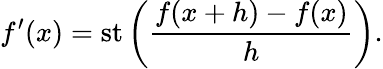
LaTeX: f^{\prime}(x)=\operatorname{st}\left({\frac{f(x+h)-f(x)}{h}}\right).